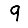
Digit: 9